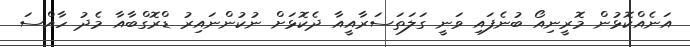
އަނެއްކޮޅުން މޮރީނިއޯ ބުނެފައި ވަނީ ގަލަތަސަރާއީއާ ދެކޮޅަށް ނުކުންނައިރު ޑްރޮގްބާއާ މެދު ހާއްސަ